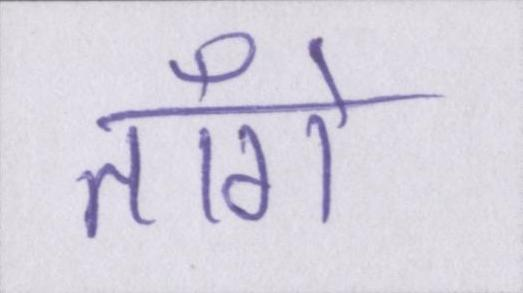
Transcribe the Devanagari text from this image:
ताँगे